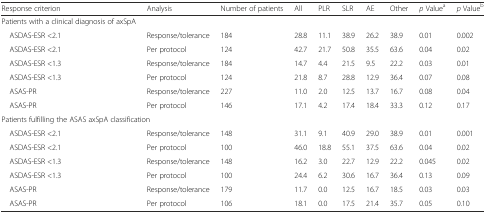
<table><thead><tr><td><b>Response criterion</b></td><td><b>Analysis</b></td><td><b>Number of patients</b></td><td><b>All</b></td><td><b>PLR</b></td><td><b>SLR</b></td><td><b>AE</b></td><td><b>Other</b></td><td><b><i>p</i> Value<sup>a</sup></b></td><td><b><i>p</i> Value<sup>b</sup></b></td></tr></thead><tbody><tr><td>Patients with a clinical diagnosis of axSpA</td><td></td><td></td><td></td><td></td><td></td><td></td><td></td><td></td><td></td></tr><tr><td> ASDAS-ESR &lt;2.1</td><td>Response/tolerance</td><td>184</td><td>28.8</td><td>11.1</td><td>38.9</td><td>26.2</td><td>38.9</td><td>0.01</td><td>0.002</td></tr><tr><td> ASDAS-ESR &lt;2.1</td><td>Per protocol</td><td>124</td><td>42.7</td><td>21.7</td><td>50.8</td><td>35.5</td><td>63.6</td><td>0.04</td><td>0.02</td></tr><tr><td> ASDAS-ESR &lt;1.3</td><td>Response/tolerance</td><td>184</td><td>14.7</td><td>4.4</td><td>21.5</td><td>9.5</td><td>22.2</td><td>0.03</td><td>0.01</td></tr><tr><td> ASDAS-ESR &lt;1.3</td><td>Per protocol</td><td>124</td><td>21.8</td><td>8.7</td><td>28.8</td><td>12.9</td><td>36.4</td><td>0.07</td><td>0.08</td></tr><tr><td> ASAS-PR</td><td>Response/tolerance</td><td>227</td><td>11.0</td><td>2.0</td><td>12.5</td><td>13.7</td><td>16.7</td><td>0.08</td><td>0.04</td></tr><tr><td> ASAS-PR</td><td>Per protocol</td><td>146</td><td>17.1</td><td>4.2</td><td>17.4</td><td>18.4</td><td>33.3</td><td>0.12</td><td>0.17</td></tr><tr><td colspan="10">Patients fulfilling the ASAS axSpA classification</td></tr><tr><td> ASDAS-ESR &lt;2.1</td><td>Response/tolerance</td><td>148</td><td>31.1</td><td>9.1</td><td>40.9</td><td>29.0</td><td>38.9</td><td>0.01</td><td>0.001</td></tr><tr><td> ASDAS-ESR &lt;2.1</td><td>Per protocol</td><td>100</td><td>46.0</td><td>18.8</td><td>55.1</td><td>37.5</td><td>63.6</td><td>0.04</td><td>0.02</td></tr><tr><td> ASDAS-ESR &lt;1.3</td><td>Response/tolerance</td><td>148</td><td>16.2</td><td>3.0</td><td>22.7</td><td>12.9</td><td>22.2</td><td>0.045</td><td>0.02</td></tr><tr><td> ASDAS-ESR &lt;1.3</td><td>Per protocol</td><td>100</td><td>24.4</td><td>6.2</td><td>30.6</td><td>16.7</td><td>36.4</td><td>0.13</td><td>0.09</td></tr><tr><td> ASAS-PR</td><td>Response/tolerance</td><td>179</td><td>11.7</td><td>0.0</td><td>12.5</td><td>16.7</td><td>18.5</td><td>0.03</td><td>0.03</td></tr><tr><td> ASAS-PR</td><td>Per protocol</td><td>106</td><td>18.1</td><td>0.0</td><td>17.5</td><td>21.4</td><td>35.7</td><td>0.05</td><td>0.10</td></tr></tbody></table>